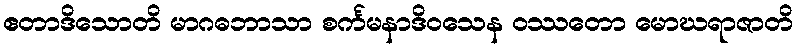
ဧတာဒိသောတိ မာဂဓဘာသာ စင်္ကမနာဒိဝသေန ဝဿတော မောဃရာဇာတိ